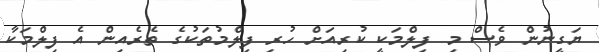
ޔަގީނުން ވެސް މި ފިލްމަކީ ކުރިއަށް ހުރި ފިލްމުތަކުގެ ތެރެއިން އެ ފިލްމަކާ